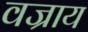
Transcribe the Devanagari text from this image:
वज्राय